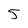
Character: 5